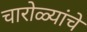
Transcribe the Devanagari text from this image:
चारोळ्यांचे